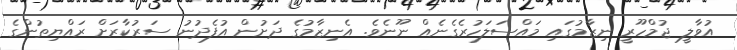
އުވާލީ ޖުމްހޫރީ ނިޒާމުގައި މައްސަލަހުރެގެނެއް ނޫނެވެ. އެނިޒާމުގެ ދަށުން އުފެދުނު ސަރުކާރަށް ރައްޔިތުންގެ